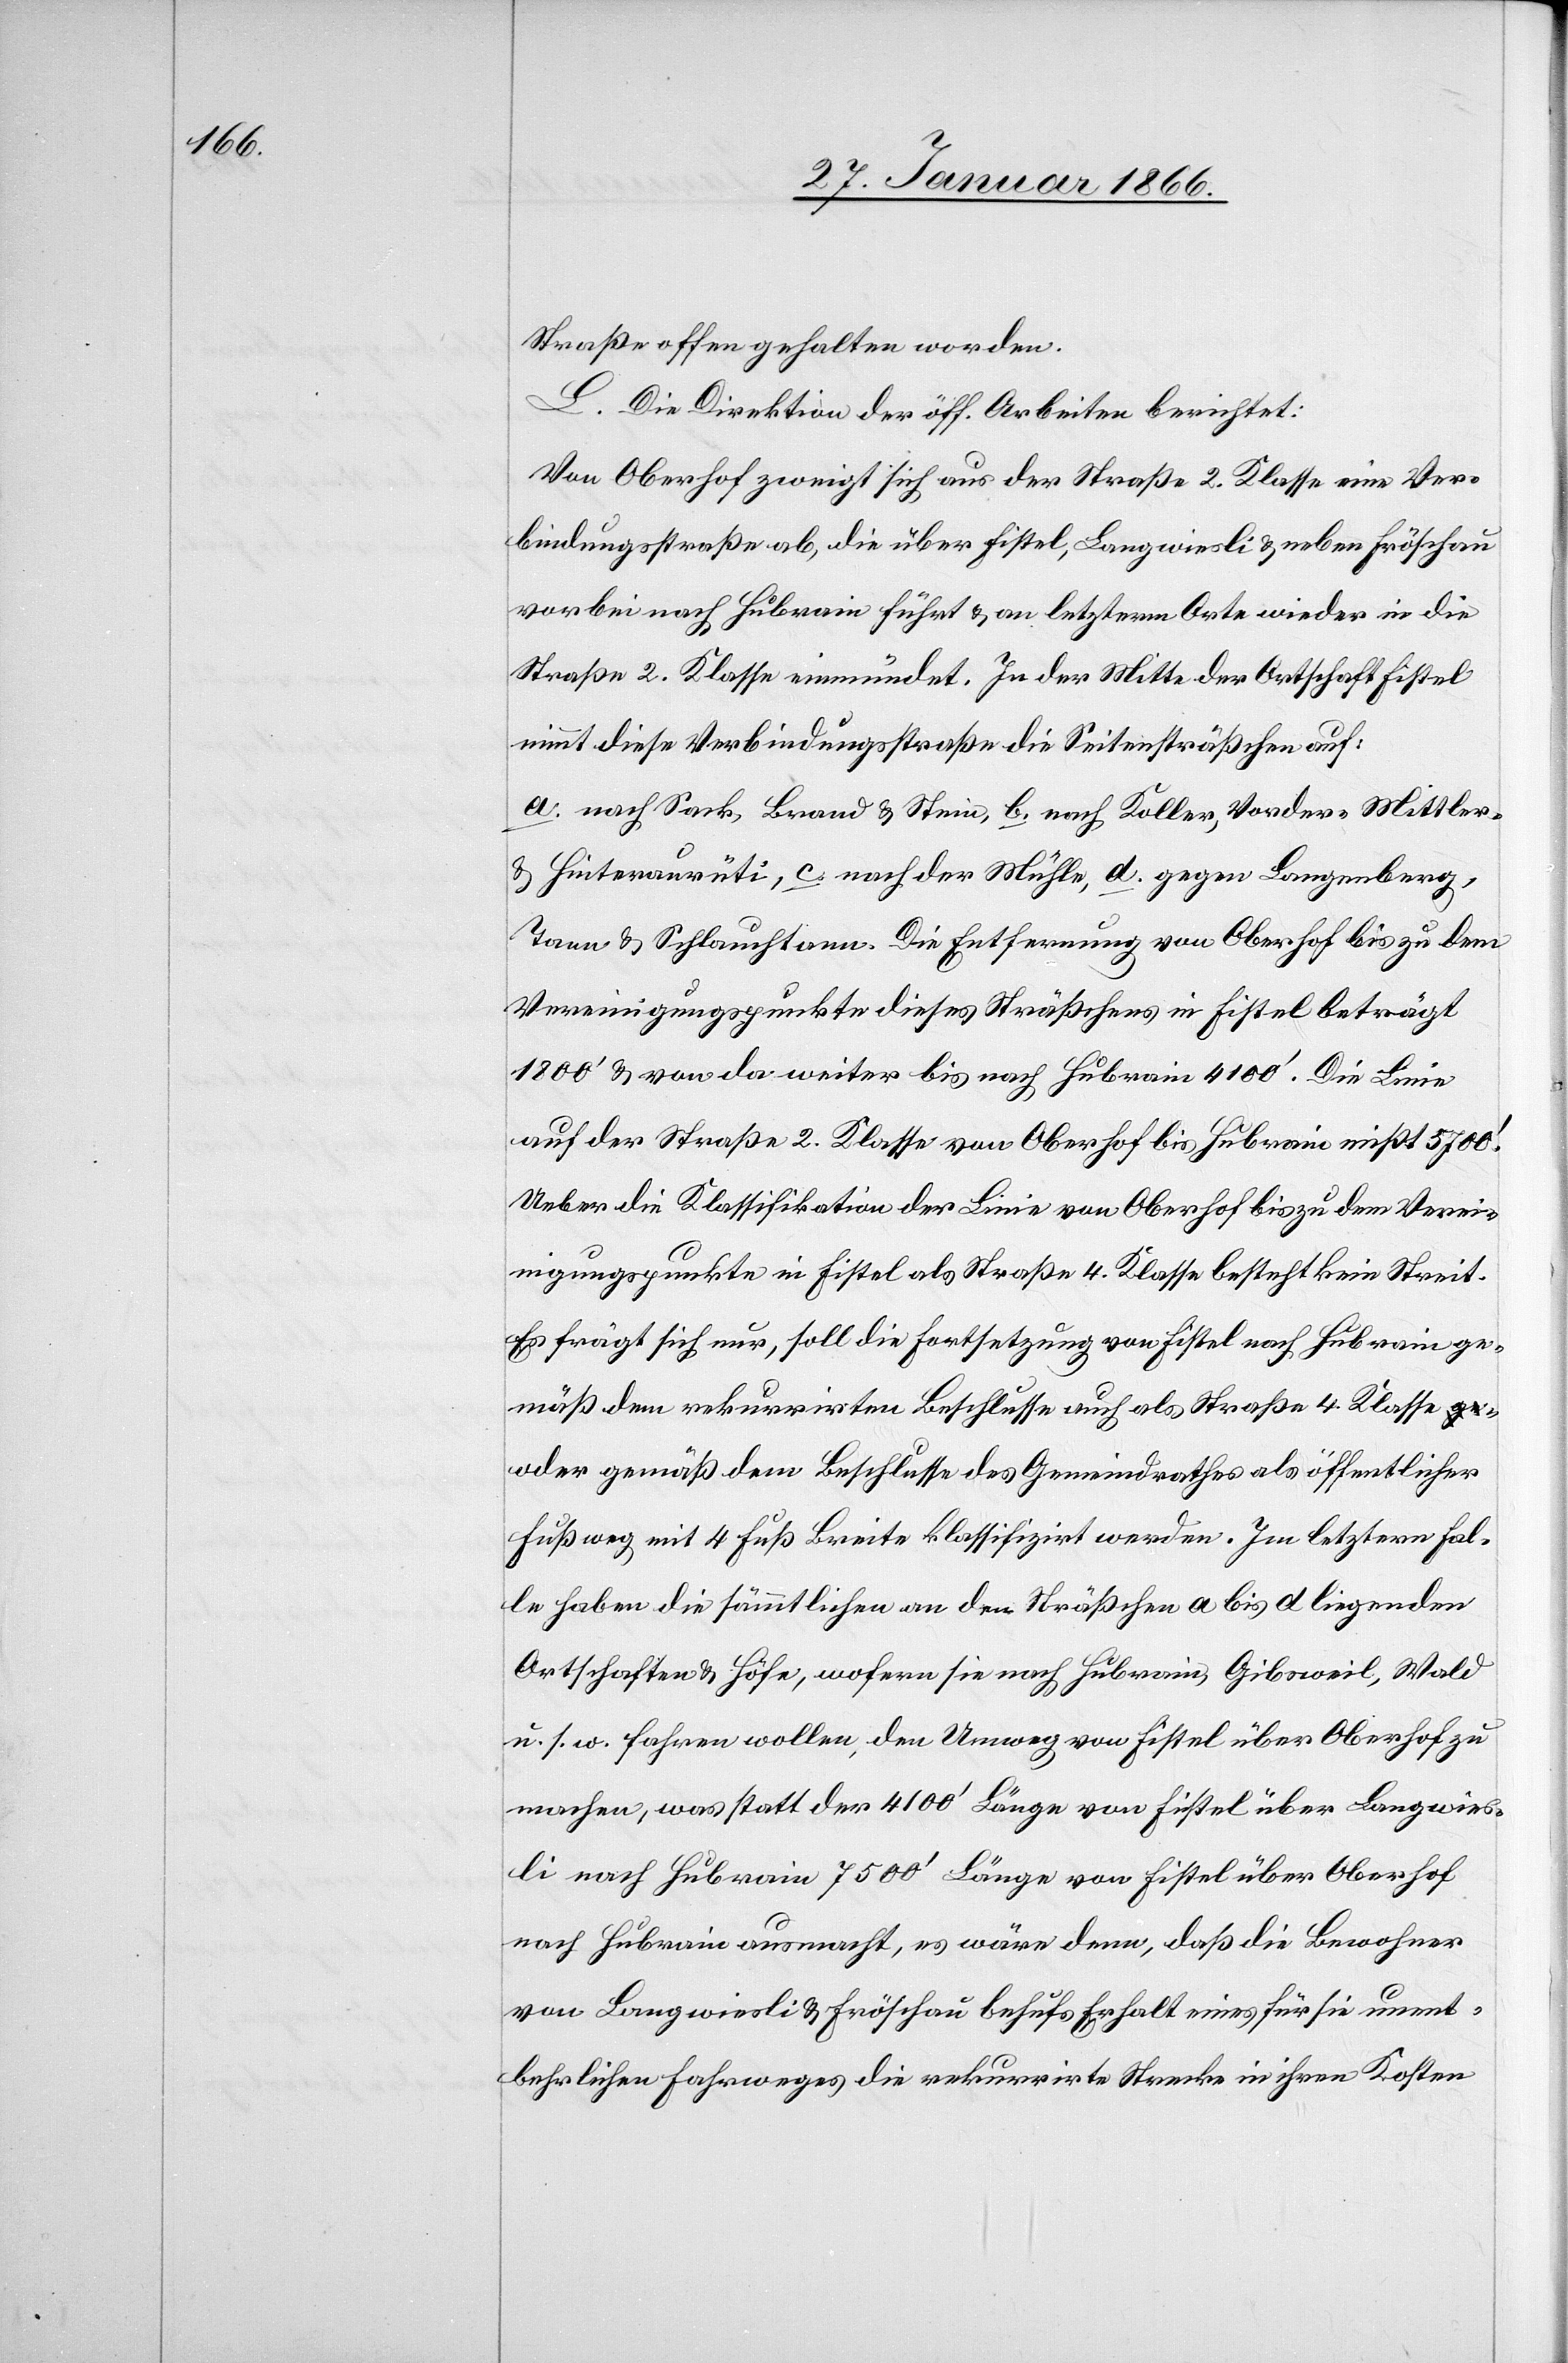
Straße offen gehalten werden.
L. Die Direktion der öff. Arbeiten berichtet:
Von Oberhof zweigt sich aus der Straße 2. Klasse eine Ver¬
bindungsstraße ab, die über Fistel, Langwiesli u. neben Fröschau
vorbei nach Hubrain führt u. an letzterm Orte wieder in die
Straße 2. Klasse einmündet. In der Mitte der Ortschaft Fistel
nimmt diese Verbindungsstraße die Seitensträßchen auf:
a. nach Sack, Brand u. Stein, b. nach Koller, Vorder- Mittler-
u. Hinteraurüti, c. nach der Mühle, d. gegen Langenberg,
Tann u. Schlauchtann. Die Entfernung von Oberhof bis zu dem
1800‘ u. von da weiter bis nach Hubrain 4100‘. Die Linie
auf der Straße 2. Klasse von Oberhof bis Hubrain mißt 5700‘.
Ueber die Klassifikation der Linie von Oberhof bis zu dem Verzwei¬
gungspunkte in Fistel als Straße 4. Klasse besteht kein Streit.
Es frägt sich nur, soll die Fortsetzung von Fistel nach Hubrain ge¬
mäß dem rekurrirten Beschlusse auch als Straße 4. Klasse o¬
der gemäß dem Beschlusse des Gemeindrathes als öffentlicher
Fußweg mit 4 Fuß Breite klassifiziert werden. Im letztern Fal¬
le haben die sämmtlichen an den Sträßchen a bis d liegenden
Ortschaften u. Höfe, wofern sie nach Hubrain, Gibsweil, Wald
u. s. w. fahren wollen, den Umweg von Fistel über Oberhof zu
machen, was statt der 4100‘ Länge von Fistel über Langwies¬
li nach Hubrain 7500‘ Länge von Fistel über Oberhof
nach Hubrain ausmacht, es wäre denn, daß die Bewohner
von Langwiesli u. Fröschau behufs Erhalt eines für sie unent¬
behrlichen Fahrweges die rekurrirte Strecke in ihren Kosten